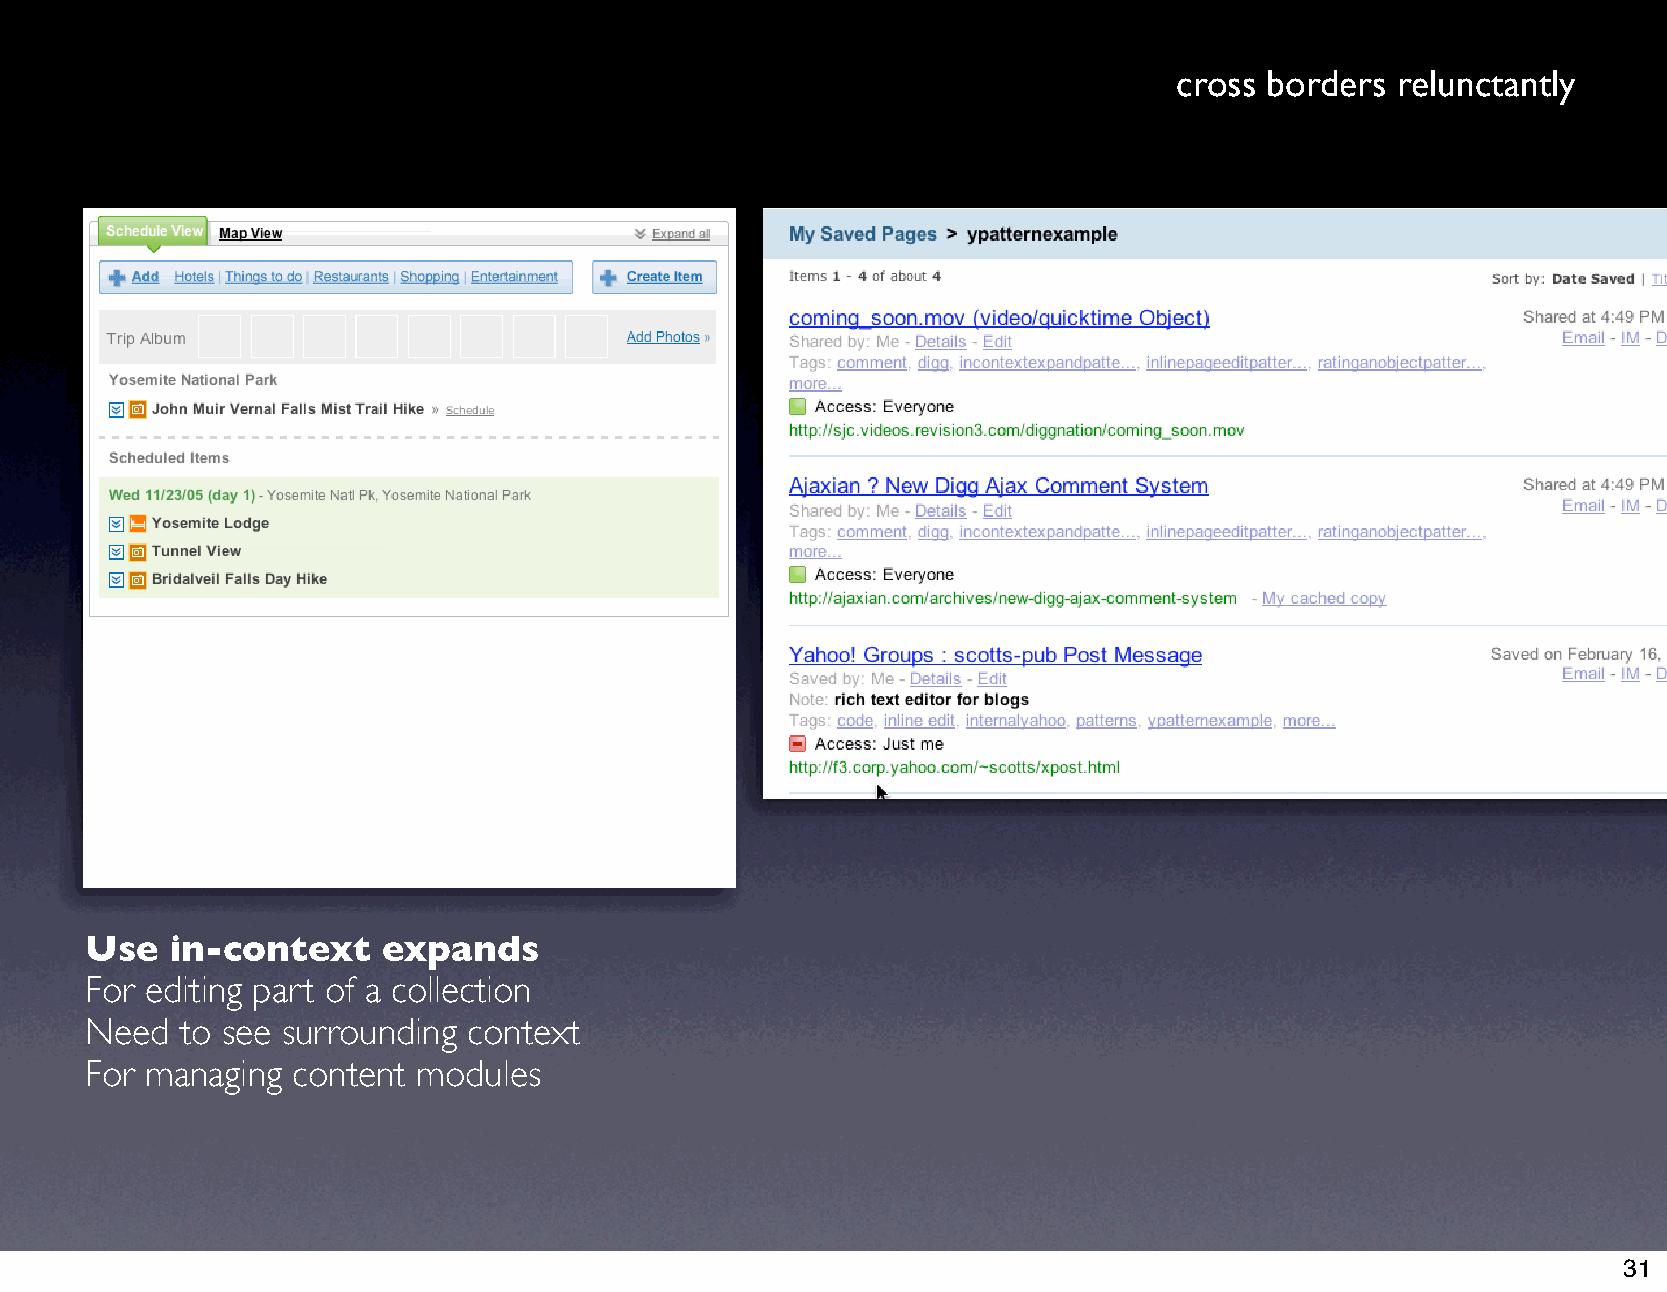
cross borders relunctantly
 Use  in-context    expands
 For editing part of a collection
 Need  to see surrounding context
 For managing content  modules
 31